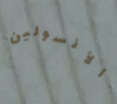
الأنسولين